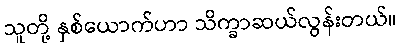
သူတို့ နှစ်ယောက်ဟာ သိက္ခာဆယ်လွန်းတယ်။